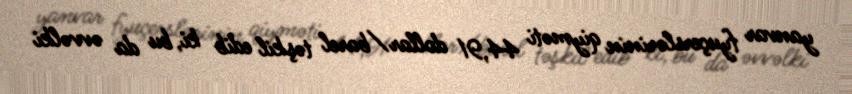
yanvar fyuçerslərinin qiyməti 44,91 dollar/barel təşkil edib ki, bu da əvvəlki